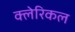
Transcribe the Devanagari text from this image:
क्लेरिकल